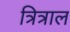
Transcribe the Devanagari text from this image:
त्रित्राल